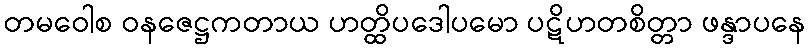
တမဝေါစ ဝနဇေဋ္ဌကတာယ ဟတ္ထိပဒေါပမော ပဋိဟတစိတ္တာ ဖန္ဒာပနေ